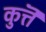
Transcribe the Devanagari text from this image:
कुत्तॆ